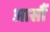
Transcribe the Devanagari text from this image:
आसौं